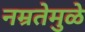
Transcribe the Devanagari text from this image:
नम्रतेमुळे